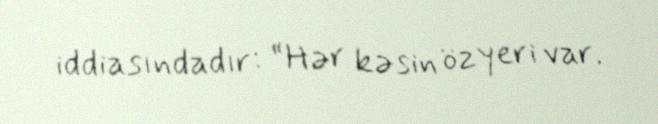
iddiasındadır: “Hər kəsin öz yeri var.